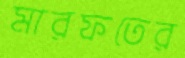
মারফতের